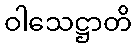
ဝါသေဋ္ဌာတိ